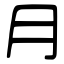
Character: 月